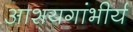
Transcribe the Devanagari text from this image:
आशयगांभीर्य